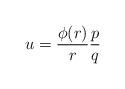
LaTeX: \begin{gather*}u= \frac{\phi(r)}{r}\frac{p}{q}\end{gather*}